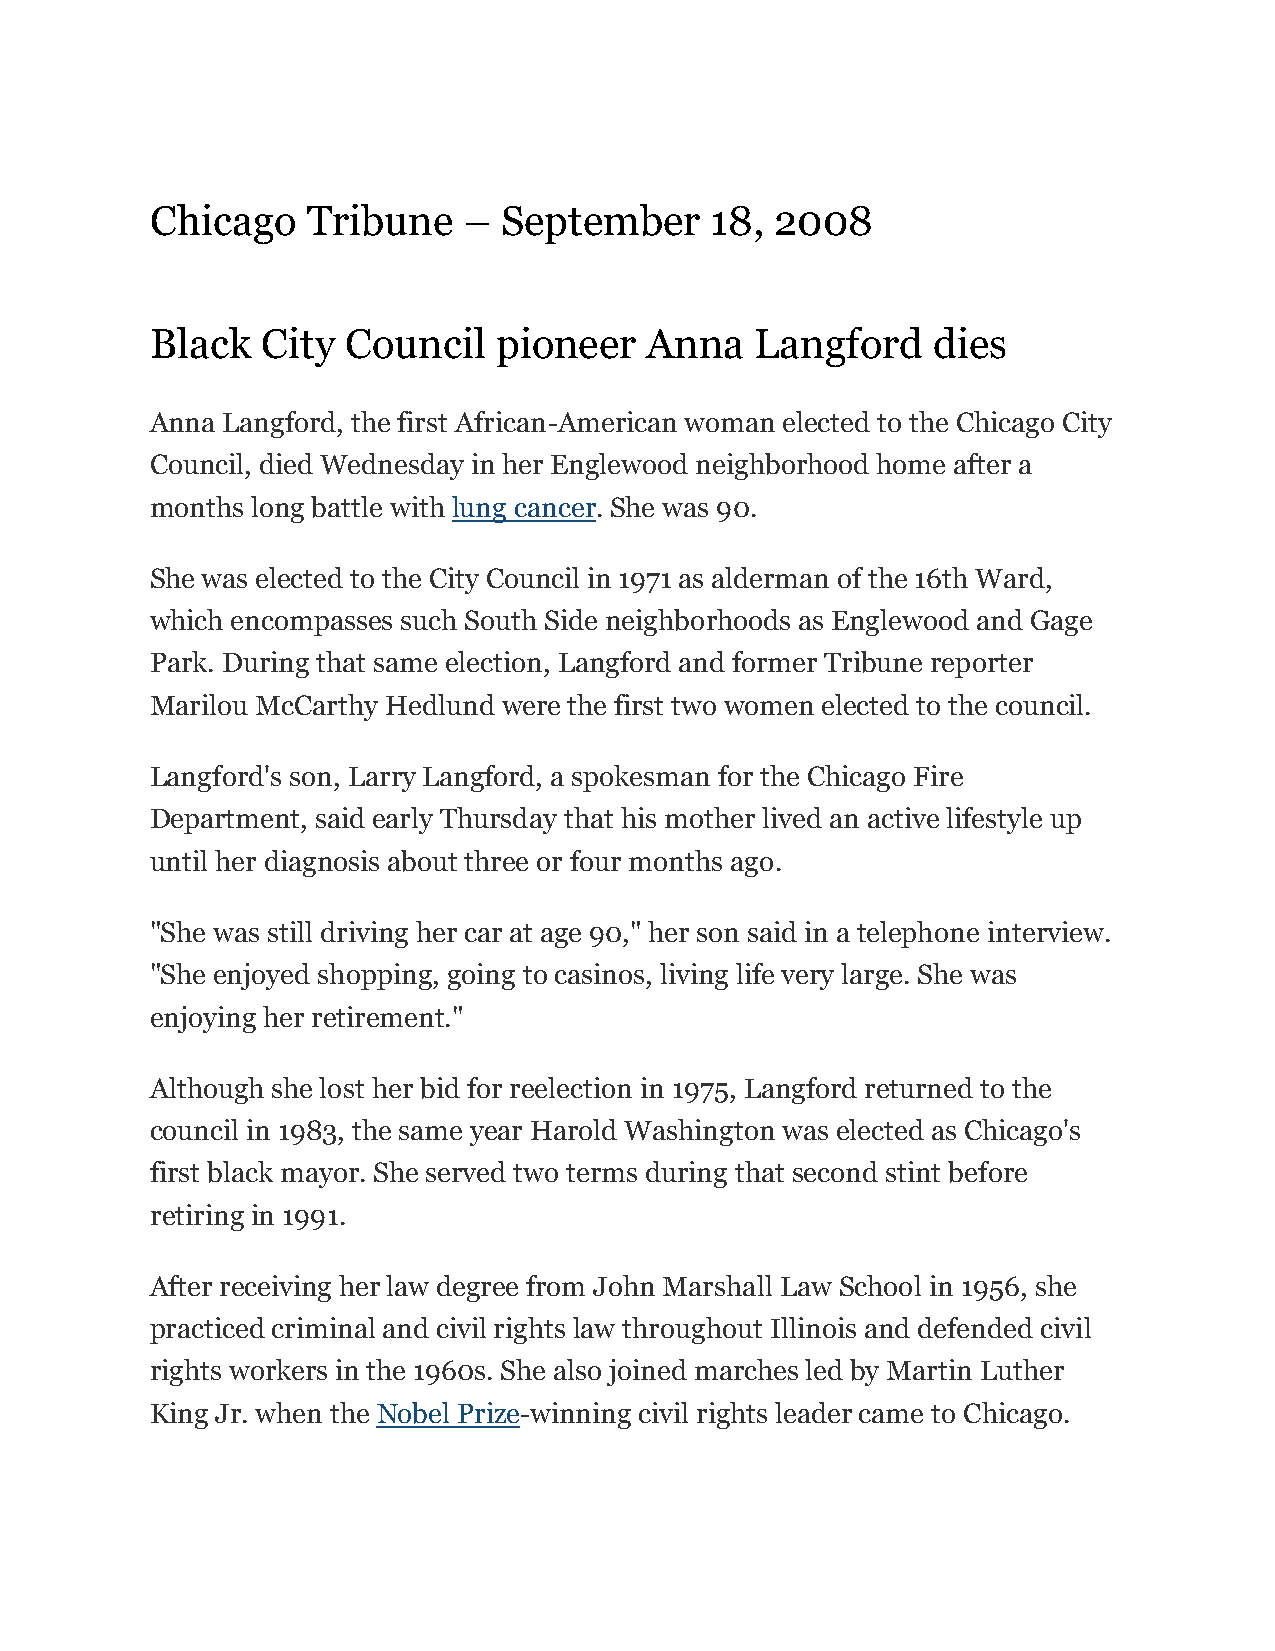
Chicago   Tribune    – September     18, 2008
 Black  City  Council   pioneer   Anna   Langford    dies
 Anna Langford, the first African-American woman elected to the Chicago City
 Council, died Wednesday in her Englewood neighborhood home after a
 months long battle with lung cancer. She was 90.
 She was elected to the City Council in 1971 as alderman of the 16th Ward,
 which encompasses such South Side neighborhoods as Englewood and Gage
 Park. During that same election, Langford and former Tribune reporter
 Marilou McCarthy Hedlund were the first two women elected to the council.
 Langford's son, Larry Langford, a spokesman for the Chicago Fire
 Department, said early Thursday that his mother lived an active lifestyle up
 until her diagnosis about three or four months ago.
 "She was still driving her car at age 90," her son said in a telephone interview.
 "She enjoyed shopping, going to casinos, living life very large. She was
 enjoying her retirement."
 Although she lost her bid for reelection in 1975, Langford returned to the
 council in 1983, the same year Harold Washington was elected as Chicago's
 first black mayor. She served two terms during that second stint before
 retiring in 1991.
 After receiving her law degree from John Marshall Law School in 1956, she
 practiced criminal and civil rights law throughout Illinois and defended civil
 rights workers in the 1960s. She also joined marches led by Martin Luther
 King Jr. when the Nobel Prize-winning civil rights leader came to Chicago.